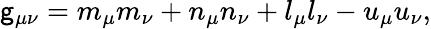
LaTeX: \mathsf{g}_{\mu\nu}=m_{\mu}m_{\nu}+n_{\mu}n_{\nu}+l_{\mu}l_{\nu}-u_{\mu}u_{\nu},